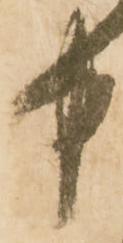
中